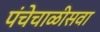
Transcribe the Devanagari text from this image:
पंचेचाळीसवा